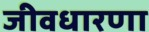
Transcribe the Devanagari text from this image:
जीवधारणा